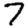
Digit: 7